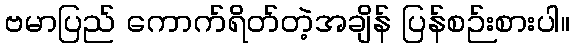
ဗမာပြည် ကောက်ရိတ်တဲ့အချိန် ပြန်စဉ်းစားပါ။